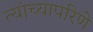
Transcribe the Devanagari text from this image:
त्यांच्यापरिणे